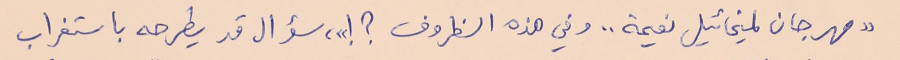
"مهرجان لميخائيل نعيمة .. وفي هذه الظروف ؟ !"، سؤال قد يطرحه باستغراب